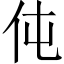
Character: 伅